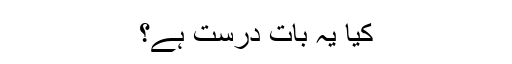
کیا یہ بات درست ہے؟